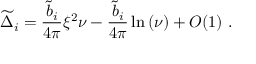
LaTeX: { \widetilde \Delta } _ { i } = { \frac { { \widetilde b } _ { i } } { 4 \pi } } \xi ^ { 2 } \nu - { \frac { { \widetilde b } _ { i } } { 4 \pi } } \ln \left( \nu \right) + { \cal O } ( 1 ) ~ .